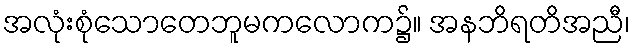
အလုံးစုံသောတေဘူမကလောက၌။ အနဘိရတိအညီ၊